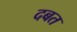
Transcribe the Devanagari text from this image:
दबत